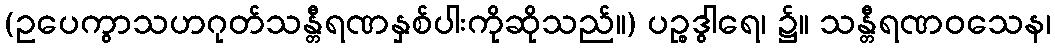
(ဥပေကွာသဟဂုတ်သန္တီရဏနှစ်ပါးကိုဆိုသည်။) ပဉ္စဒွါရေ၊ ၌။ သန္တီရဏဝသေန၊